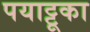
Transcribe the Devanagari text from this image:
पयाट्टूका